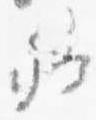
卿